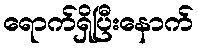
ရောက်ရှိပြီးနောက်